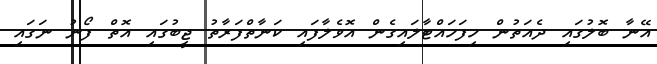
އޭނާ ބޮލުގައި ދެއަތުން ހިފަހައްޓާލައިގެން އޮވެލާފައި ކަނާތްފަރާތު ޖީބުގައި އޮތް ފޯނު ނަގައި